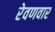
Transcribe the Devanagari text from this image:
रेवणवार